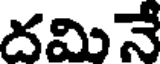
దమినే